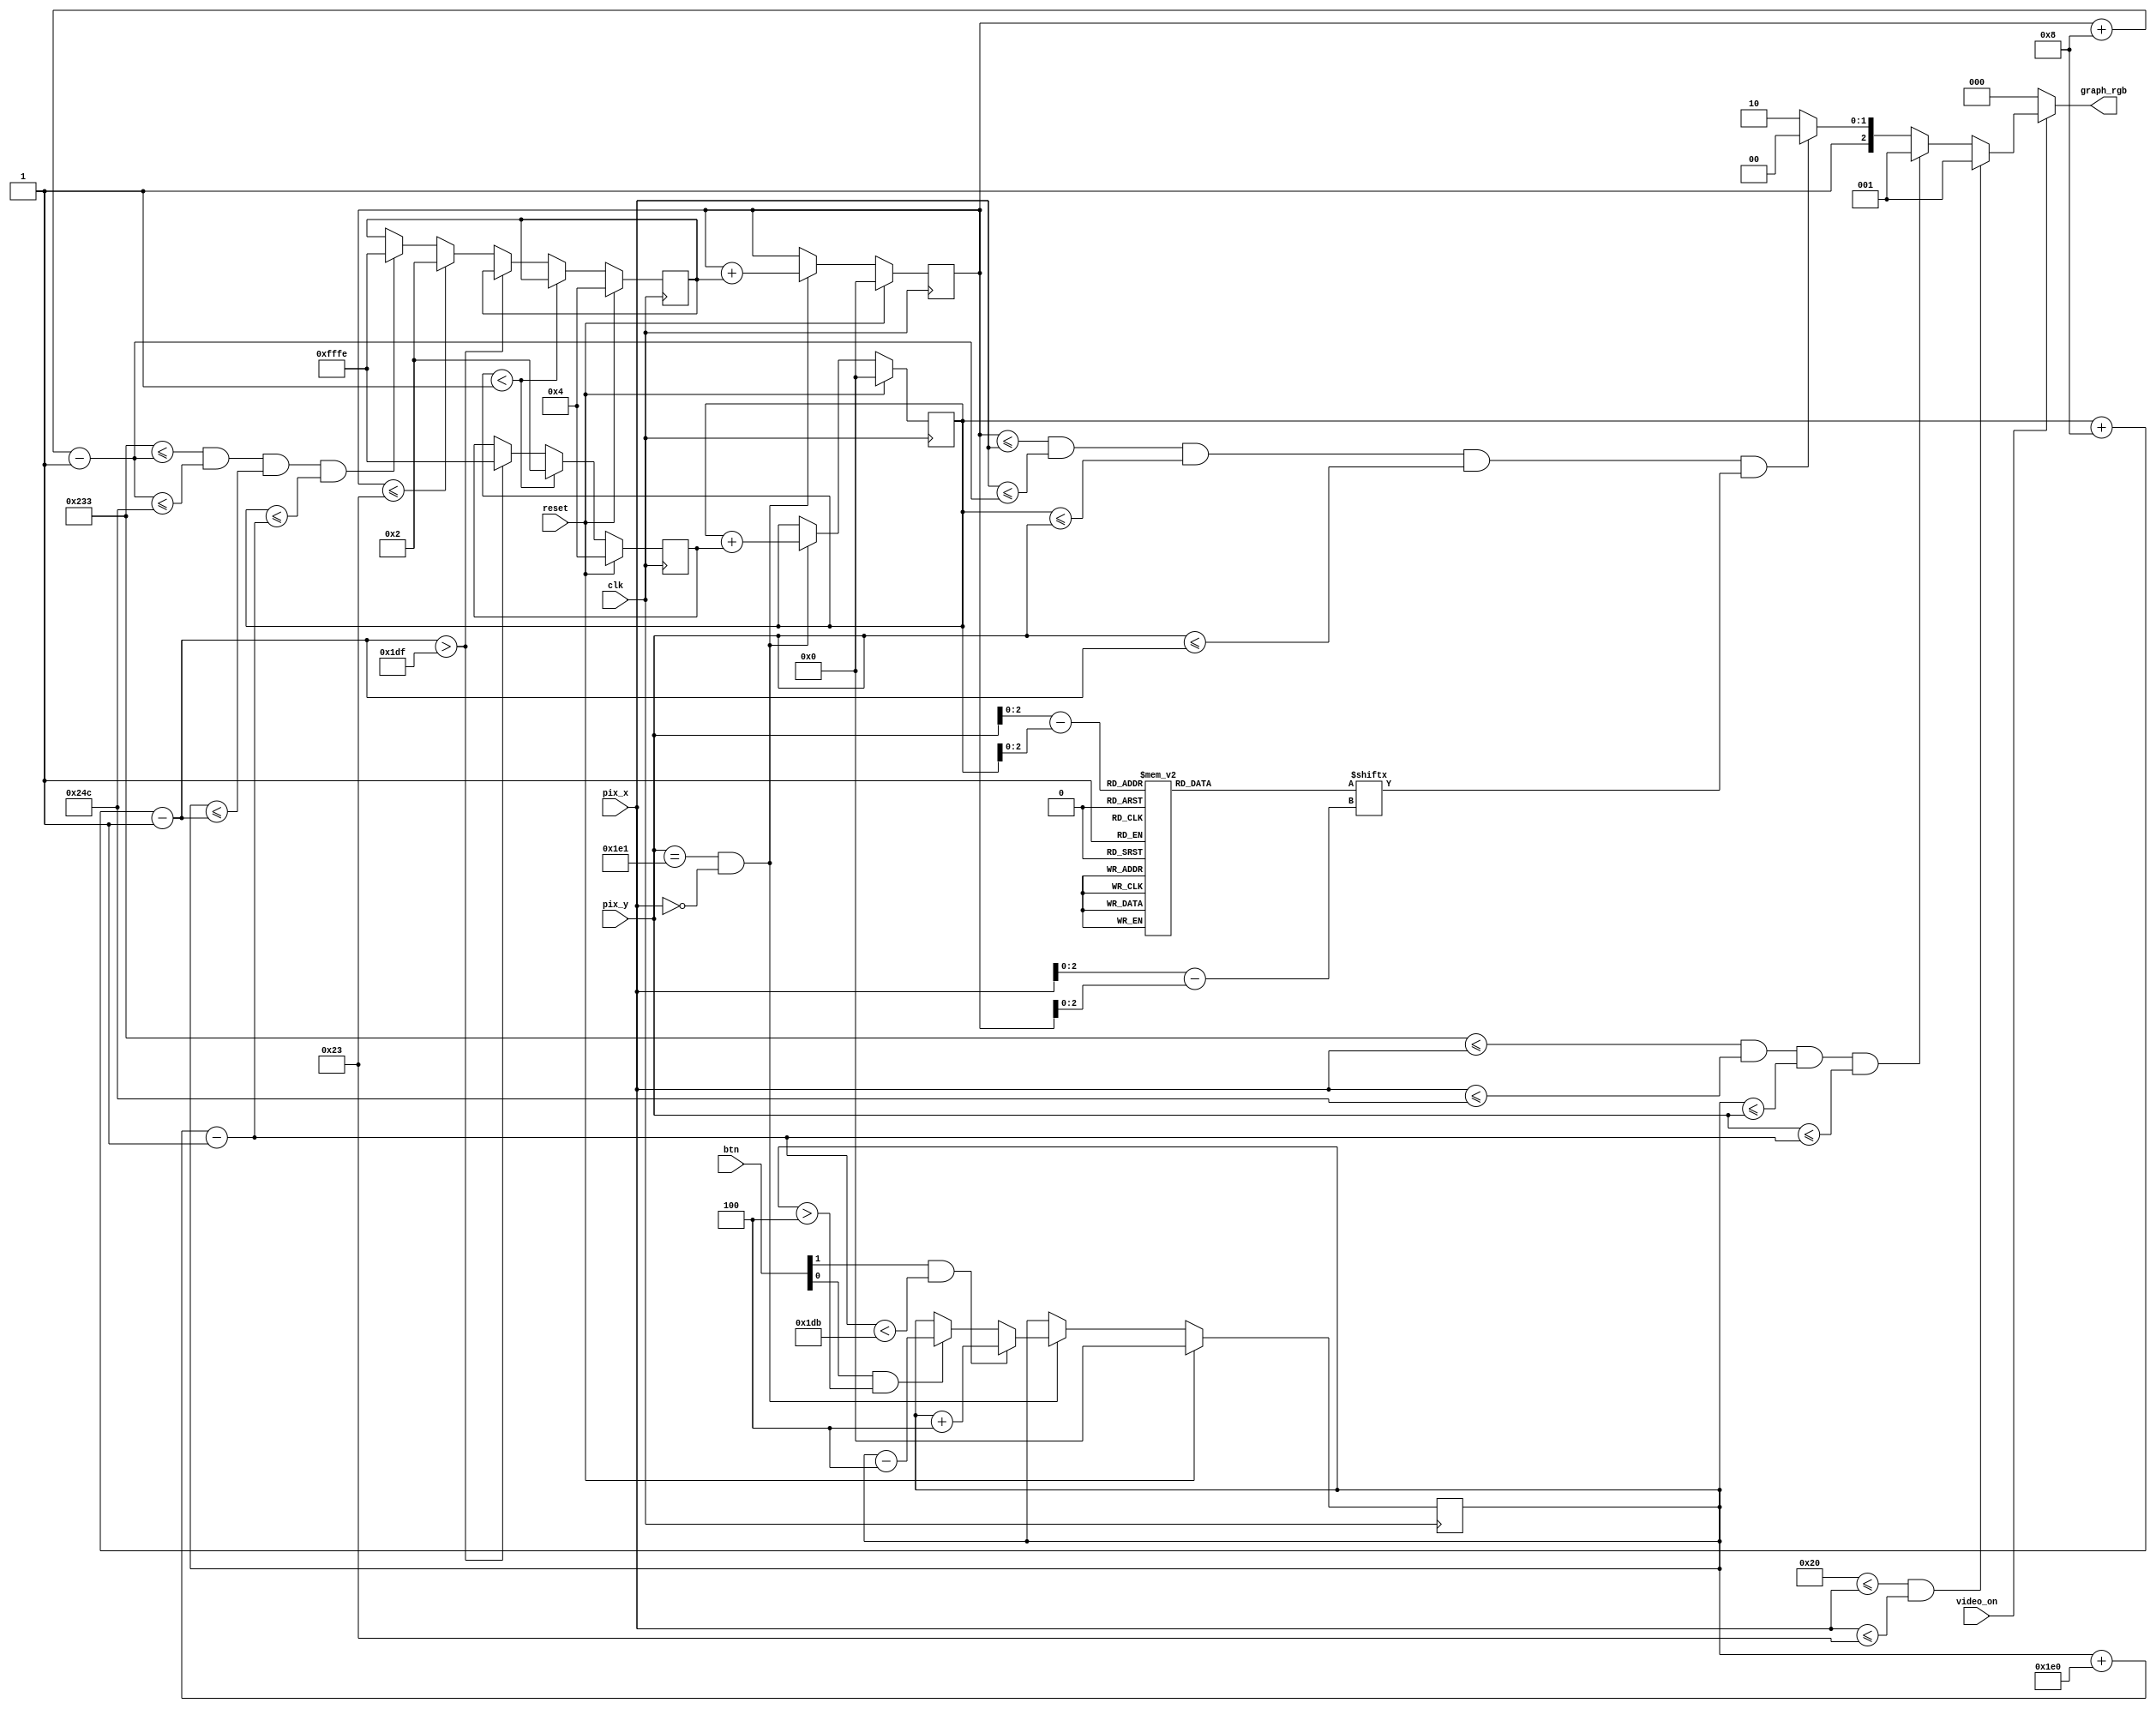
// Listing 13.5
module pong_graph_animate
   (
    input wire clk, reset,
    input wire video_on,
    input wire [1:0] btn,
    input wire [15:0] pix_x, pix_y,
    output reg [2:0] graph_rgb
   );

   // constant and signal declaration
   // x, y coordinates (0,0) to (639,479)
   parameter MAX_X = 640;
   parameter MAX_Y = 480;

   //--------------------------------------------
   // vertical stripe as a wall
   //--------------------------------------------
   // wall left, right boundary
   parameter WALL_X_L = 32;
   parameter WALL_X_R = 35;
   //--------------------------------------------
   // right vertical bar
   //--------------------------------------------
   // bar left, right boundary
   parameter BAR_X_L = MAX_X*88/100;
   parameter BAR_X_R = MAX_X*92/100;
   parameter BAR_Y_SIZE = MAX_Y;
   parameter BAR_V = 4;
   parameter BALL_SIZE = 8;
   parameter BALL_RGB_COLOR = 3'b100; // RED
   parameter BAR_RGB_COLOR  = 3'b001; // blue
   parameter WALL_RGB_COLOR = 3'b001; // blue
      wire refr_tick;
   // bar top, bottom boundary
   wire [15:0] bar_y_t, bar_y_b;
   // register to track top boundary  (x position is fixed)
  (* keep = 1, preserve = 1 *) reg [15:0] bar_y_reg;
   reg [15:0] bar_y_next;
   // bar moving velocity when a button is pressed
   //--------------------------------------------
   // square ball
   //--------------------------------------------
   // ball left, right boundary
   wire [15:0] ball_x_l, ball_x_r;
   // ball top, bottom boundary
   wire [15:0] ball_y_t, ball_y_b;
   // reg to track left, top position
   (* keep = 1, preserve = 1 *) reg [15:0] ball_x_reg, ball_y_reg;
   wire [15:0] ball_x_next, ball_y_next;
   // reg to track ball speed
   (* keep = 1, preserve = 1 *)  reg [15:0] x_delta_reg; 
   reg [15:0] x_delta_next;
   (* keep = 1, preserve = 1 *)  reg [15:0] y_delta_reg; 
   reg [15:0] y_delta_next;
   // ball velocity can be pos or neg)
   parameter BALL_V_P = 2;
   parameter BALL_V_N = -2;
   //--------------------------------------------
   // round ball
   //--------------------------------------------
   wire [2:0] rom_addr, rom_col;
   reg [7:0] rom_data;
   wire rom_bit;
   //--------------------------------------------
   // object output signals
   //--------------------------------------------
   wire wall_on, bar_on, sq_ball_on, rd_ball_on;
   wire [2:0] wall_rgb, bar_rgb, ball_rgb;

   // body
   //--------------------------------------------
   // round ball image ROM
   //--------------------------------------------
   always @*
   case (rom_addr)
      3'h0: rom_data = 8'b00111100; //   ****
      3'h1: rom_data = 8'b01111110; //  ******
      3'h2: rom_data = 8'b11111111; // ********
      3'h3: rom_data = 8'b11111111; // ********
      3'h4: rom_data = 8'b11111111; // ********
      3'h5: rom_data = 8'b11111111; // ********
      3'h6: rom_data = 8'b01111110; //  ******
      3'h7: rom_data = 8'b00111100; //   ****
   endcase

   // registers
   always @(posedge clk)
      if (reset)
         begin
            bar_y_reg <= 0;
            ball_x_reg <= 0;
            ball_y_reg <= 0;
            x_delta_reg <= 10'h004;
            y_delta_reg <= 10'h004;
         end
      else
         begin
            bar_y_reg <= bar_y_next;
            ball_x_reg <= ball_x_next;
            ball_y_reg <= ball_y_next;
            x_delta_reg <= x_delta_next;
            y_delta_reg <= y_delta_next;
         end

   // refr_tick: 1-clock tick asserted at start of v-sync
   //            i.e., when the screen is refreshed (60 Hz)
   assign refr_tick = (pix_y==(MAX_Y+1)) && (pix_x==0);

   //--------------------------------------------
   // (wall) left vertical strip
   //--------------------------------------------
   // pixel within wall
   assign wall_on = (WALL_X_L<=pix_x) && (pix_x<=WALL_X_R);
   // wall rgb output
   assign wall_rgb = WALL_RGB_COLOR; // blue
   //--------------------------------------------
   // right vertical bar
   //--------------------------------------------
   // boundary
   assign bar_y_t = bar_y_reg;
   assign bar_y_b = bar_y_t + BAR_Y_SIZE - 1;
   // pixel within bar
   assign bar_on = (BAR_X_L<=pix_x) && (pix_x<=BAR_X_R) &&
                   (bar_y_t<=pix_y) && (pix_y<=bar_y_b);
   // bar rgb output
   assign bar_rgb = BAR_RGB_COLOR; 
   // new bar y-position
   always @*
   begin
      bar_y_next = bar_y_reg; // no move
      if (refr_tick)
         if (btn[1] & (bar_y_b < (MAX_Y-1-BAR_V)))
            bar_y_next = bar_y_reg + BAR_V; // move down
         else if (btn[0] & (bar_y_t > BAR_V))
            bar_y_next = bar_y_reg - BAR_V; // move up
   end

   //--------------------------------------------
   // square ball
   //--------------------------------------------
   // boundary
   assign ball_x_l = ball_x_reg;
   assign ball_y_t = ball_y_reg;
   assign ball_x_r = ball_x_l + BALL_SIZE - 1;
   assign ball_y_b = ball_y_t + BALL_SIZE - 1;
   // pixel within ball
   assign sq_ball_on =
            (ball_x_l<=pix_x) && (pix_x<=ball_x_r) &&
            (ball_y_t<=pix_y) && (pix_y<=ball_y_b);
   // map current pixel location to ROM addr/col
   assign rom_addr = pix_y[2:0] - ball_y_t[2:0];
   assign rom_col = pix_x[2:0] - ball_x_l[2:0];
   assign rom_bit = rom_data[rom_col];
   // pixel within ball
   assign rd_ball_on = sq_ball_on & rom_bit;
   // ball rgb output
   assign ball_rgb = BALL_RGB_COLOR;   // red
   // new ball position
   assign ball_x_next = (refr_tick) ? ball_x_reg+x_delta_reg :
                        ball_x_reg ;
   assign ball_y_next = (refr_tick) ? ball_y_reg+y_delta_reg :
                        ball_y_reg ;
   // new ball velocity
   always @*
   begin
      x_delta_next = x_delta_reg;
      y_delta_next = y_delta_reg;
      if (ball_y_t < 1) // reach top
         y_delta_next = BALL_V_P;
      else if (ball_y_b > (MAX_Y-1)) // reach bottom
         y_delta_next = BALL_V_N;
      else if (ball_x_l <= WALL_X_R) // reach wall
         x_delta_next = BALL_V_P;    // bounce back
      else if ((BAR_X_L<=ball_x_r) && (ball_x_r<=BAR_X_R) &&
               (bar_y_t<=ball_y_b) && (ball_y_t<=bar_y_b))
         // reach x of right bar and hit, ball bounce back
         x_delta_next = BALL_V_N;
   end
   //--------------------------------------------
   // rgb multiplexing circuit
   //--------------------------------------------
   always @*
      if (~video_on)
         graph_rgb = 3'b000; // blank
      else
         if (wall_on)
            graph_rgb = wall_rgb;
         else if (bar_on)
            graph_rgb = bar_rgb;
         else if (rd_ball_on)
            graph_rgb = ball_rgb;
         else
            graph_rgb = 3'b110; // yellow background

endmodule